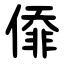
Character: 㒎